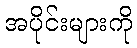
အပိုင်းများကို